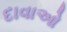
દાવાઓ